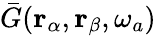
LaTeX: \bar{G}(\mathbf{r}_{\alpha},\mathbf{r}_{\beta},\omega_{a})